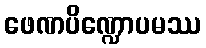
ဖေဏပိဏ္ဍောပမဿ